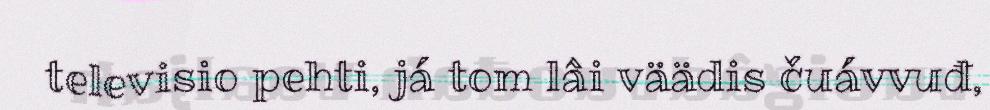
televisio pehti, já tom lâi väädis čuávvuđ,